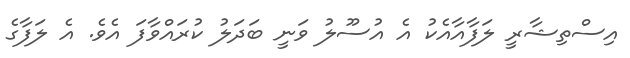
އިސްތިޝާރީ ލަފާއާއެކު އެ އުސޫލު ވަނީ ބަދަލު ކުރައްވާފަ އެވެ. އެ ލަފާގެ